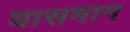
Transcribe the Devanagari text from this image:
यासमान